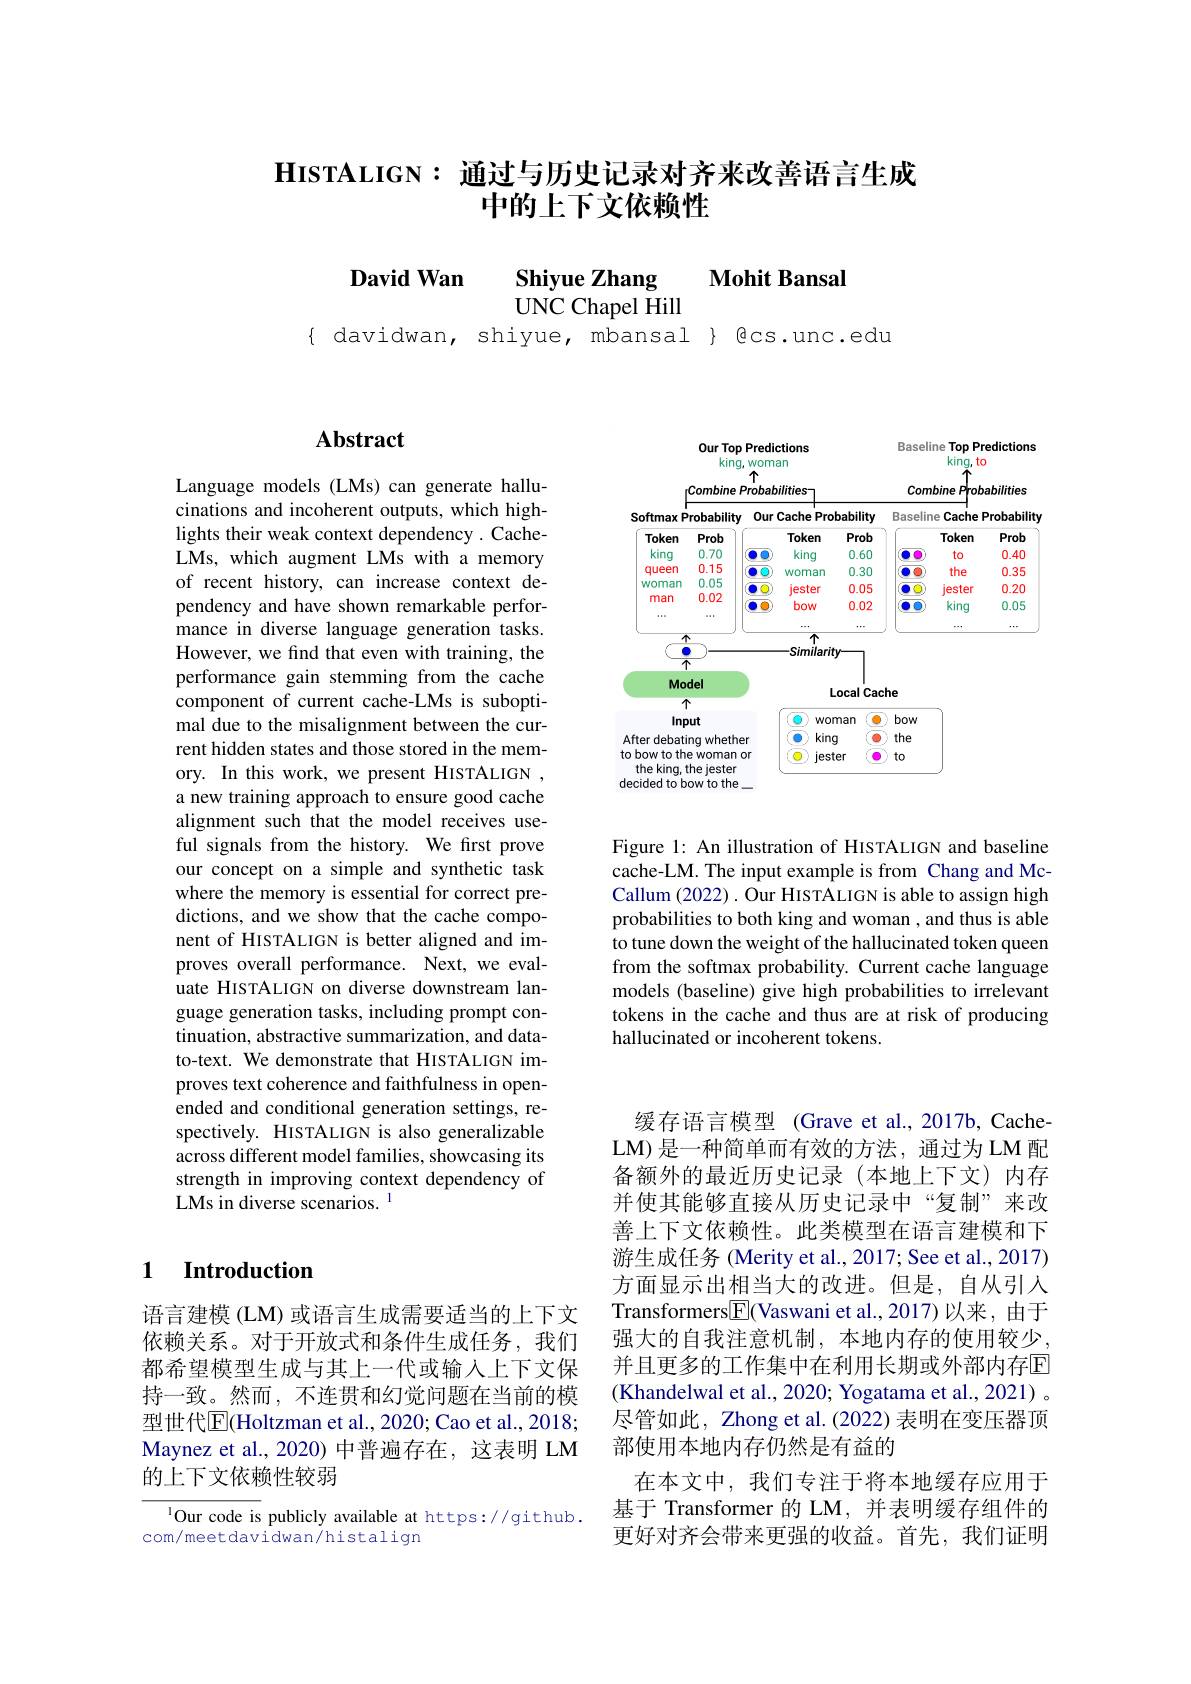
# $\mathbf{HISTALIGN:}$通过与历史记录对齐来改善语言生成中的上下文依赖性

Shiyue Zhang
$\textbf{David Wan}$
$\mathbf{Mohit}$ Bansal
UNC Chapel Hill
{ davidwan, shiyue, mbansal } @cs.unc.edu

## $\mathbf{Abstract}$

Language models (LMs) can generate hallucinations and incoherent outputs, which highlights their weak context dependency . CacheLMs, which augment LMs with a memory of recent history, can increase context dependency and have shown remarkable performance in diverse language generation tasks. However, we find that even with training, the performance gain stemming from the cache component of current cache-LMs is suboptimal due to the misalignment between the current hidden states and those stored in the memory. In this work, we present HISTALIGN , a new training approach to ensure good cache alignment such that the model receives useful signals from the history. We first prove our concept on a simple and synthetic task where the memory is essential for correct predictions, and we show that the cache component of HISTALIGN is better aligned and improves overall performance. Next, we evaluate HISTALIGN on diverse downstream language generation tasks, including prompt continuation, abstractive summarization, and datato-text. We demonstrate that HISTALIGN improves text coherence and faithfulness in openended and conditional generation settings, respectively. HISTALIGN is also generalizable across different model families, showcasing its strength in improving context dependency of LMs in diverse scenarios. ^1

## 1 Introduction

语言建模 (LM) 或语言生成需要适当的上下文依赖关系。对于开放式和条件生成任务，我们都希望模型生成与其上一代或输入上下文保持一致。然而，不连贯和幻觉问题在当前的模型世代$\overline{\mathrm{E}}($Holtzman et al., 2020; Cao et al., 2018; Maynez et al., 2020) 中普遍存在，这表明 LM 的上下文依赖性较弱

lOur code is publicly available at https://github.
com/meetdavidwan/histalign

<FigureHere>

Figure 1: An illustration of HISTALIGN and baseline cache-LM. The input example is from Chang and McCallum (2022) . Our HISTALIGN is able to assign high probabilities to both king and woman , and thus is able to tune down the weight of the hallucinated token queen from the softmax probability. Current cache language models (baseline) give high probabilities to irrelevant tokens in the cache and thus are at risk of producing hallucinated or incoherent tokens.

缓存语言模型 (Grave et al.,2017b, CacheLM)是一种简单而有效的方法，通过为LM 配备额外的最近历史记录(本地上下文)内存并使其能够直接从历史记录中“复制”来改善上下文依赖性。此类模型在语言建模和下游生成任务 (Merity et al., 2017; See et al., 2017) 方面显示出相当大的改进。但是，自从引入Transformers$\boxed{\mathrm{F}}($Vaswani et al.,2017)以来，由于强大的自我注意机制，本地内存的使用较少。并且更多的工作集中在利用长期或外部内存回(Khandelwal et al., 2020; Yogatama et al., 2021) 。尽管如此，Zhong et al. (2022) 表明在变压器顶部使用本地内存仍然是有益的
在本文中，我们专注于将本地缓存应用于基于 Transformer 的 LM, 并表明缓存组件的更好对齐会带来更强的收益。首先，我们证明